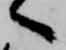
へ